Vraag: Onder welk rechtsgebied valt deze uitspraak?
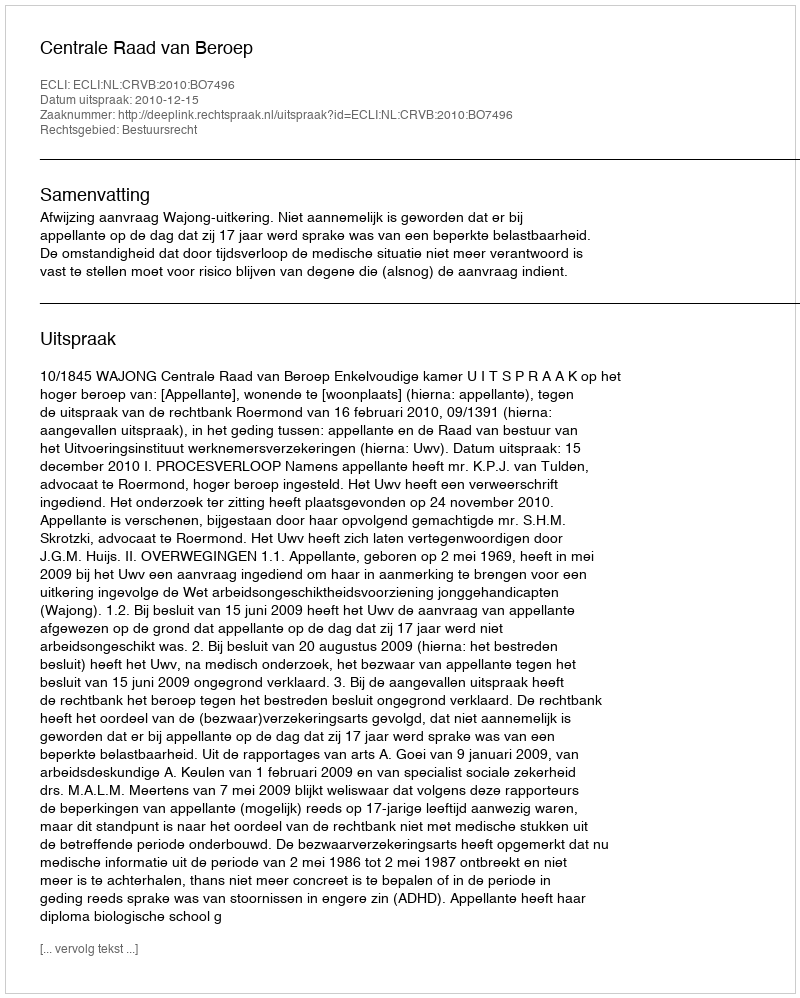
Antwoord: Bestuursrecht